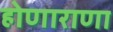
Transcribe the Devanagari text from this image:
होणाराणा